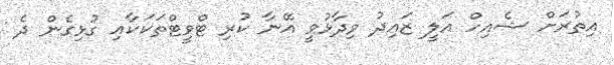
އިތުރަށް ޝެއިހް އަލީ ޒައިދު ވިދާޅުވީ އޭނާ ކުރި ޓްވީޓްތަކަކާއި ގުޅިގެން ދެ